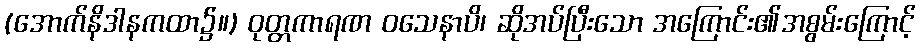
(အောက်နိဒါနကထာ၌။) ဝုတ္တကာရဏ ဝသေနာပိ၊ ဆိုအပ်ပြီးသော အကြောင်း၏အစွမ်းကြောင့်